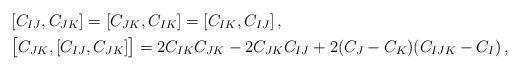
LaTeX: \begin{align*}&[C_{IJ},C_{JK}]=[C_{JK},C_{IK}]=[C_{IK},C_{IJ}]\,, \\&\big[C_{JK},[C_{IJ},C_{JK}]\big]=2 C_{IK}C_{JK}-2C_{JK}C_{IJ} + 2(C_J-C_K)(C_{IJK} -C_I)\,, \end{align*}